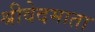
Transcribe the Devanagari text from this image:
श्रीवेदमाता